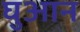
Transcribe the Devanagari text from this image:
घुआन